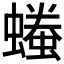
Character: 𧑞